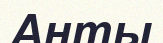
Анты